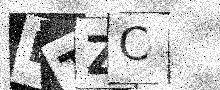
Text: ETZC